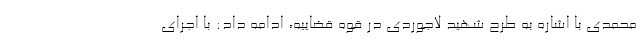
محمدی با اشاره به طرح شهید لاجوردی در قوه قضاییه، ادامه داد: با اجرای